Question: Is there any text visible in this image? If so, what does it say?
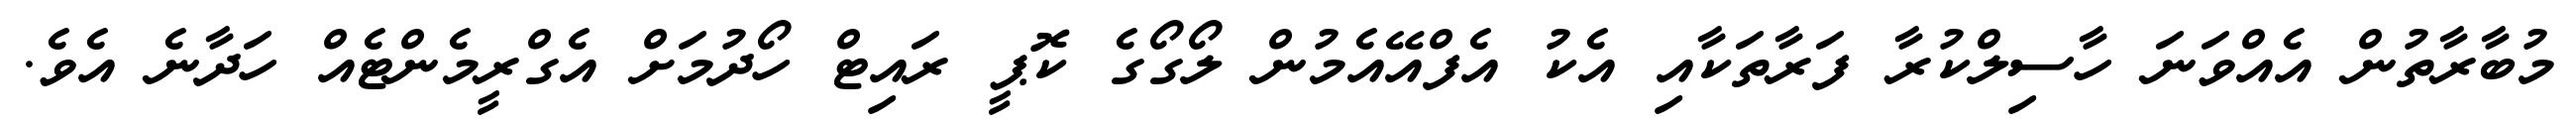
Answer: މުބާރާތުން އެއްވަނަ ހާސިލްކުރާ ފަރާތަކާއި އެކު އެފްއޭއެމުން ލޯގޯގެ ކޮޕީ ރައިޓް ހޯދުމަށް އެގްރީމެންޓެއް ހަދާނެ އެވެ.